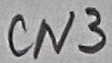
Text: cn3